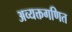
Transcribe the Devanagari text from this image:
अव्यक्तगणित